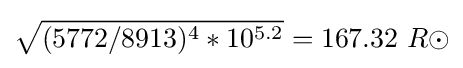
{\sqrt {(5772/8913)^{4}*10^{5.2}}}=167.32\ R\odot